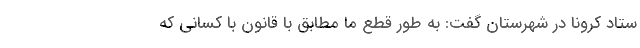
ستاد کرونا در شهرستان گفت: به طور قطع ما مطابق با قانون با کسانی که